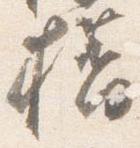
橋